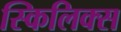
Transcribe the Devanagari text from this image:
स्किलिक्स